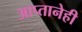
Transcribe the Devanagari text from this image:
आप्तानेही